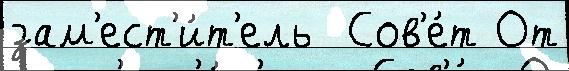
зам'ест'и́т'ель  Сов'е́т От